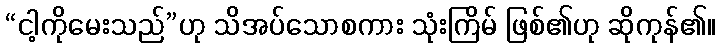
“ငါ့ကိုမေးသည်”ဟု သိအပ်သောစကား သုံးကြိမ် ဖြစ်၏ဟု ဆိုကုန်၏။